Vaccine operations Central Provinces & Berar 1912-1920 - 1912-1920
Year: 1912
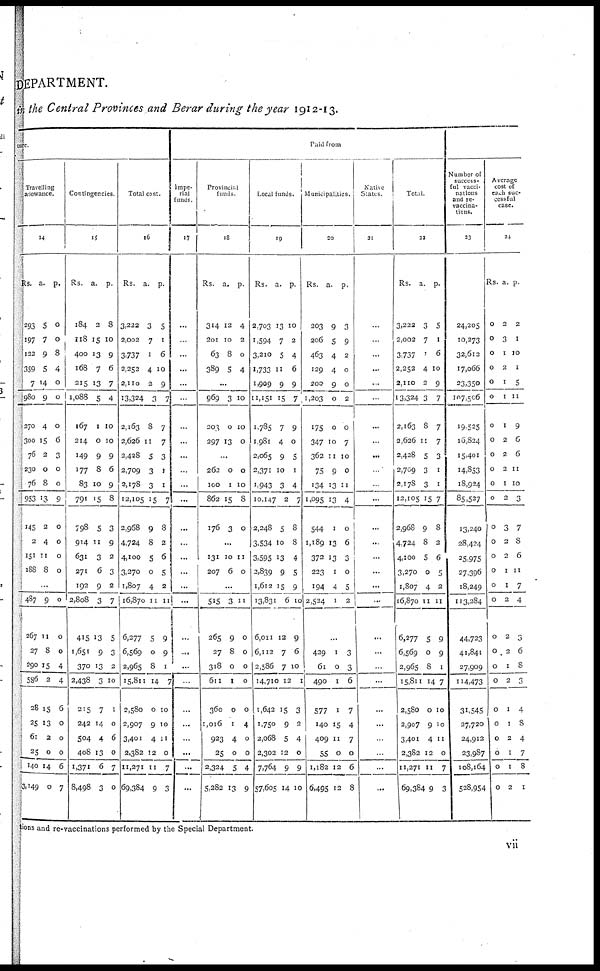
DEPARTMENT.
in the Central Provinces and Berar during the year 1912-13.
ture.
Travelling
allowance.
14
Rs.
293
197
122
359
7
980
270
300
76
230
76
953
145
2
151
188
a.
5
7
9
5
14
9
4
15
2
0
8
13
2
4
11
8
p.
0
0
8
4
0
0
0
6
3
0
0
9
0
0
0
0
...
487
267
27
290
586
28
25
61
25
140
3,149
9
11
8
15
2
15
13
2
0
14
0
0
0
0
4
4
6
0
0
0
6
7
Contingencies.
15
Rs.
184
118
400
168
215
1,088
167
214
149
177
83
791
798
914
631
271
192
2,808
415
1.651
370
2,438
215
242
504
408
1,371
8,498
a.
2
15
13
7
13
5
1
0
9
8
10
15
5
11
3
6
9
3
13
9
13
3
7
14
4
13
6
3
p.
8
10
9
6
7
4
10
10
9
6
9
8
3
9
2
3
2
7
5
3
2
10
1
0
6
0
7
0
Total cost.
16
Rs.
3,222
2,002
3,737
2,252
2,110
13,324
2,163
2,626
2,428
2,709
2,178
12,105
2,968
4,724
4,100
3,270
1,807
16,870
6,277
6,569
2,965
15,811
2,580
2,907
3,401
2,382
11,271
69,384
a.
3
7
1
4
2
3
8
11
5
3
3
15
9
8
5
0
4
11
5
0
8
14
0
9
4
12
11
9
p.
5
1
6
10
9
7
7
7
3
1
1
7
8
2
6
5
2
11
9
9
1
7
10
10
11
0
7
3
Paid from
Impe-
rial
funds.
17
...
...
...
...
...
...
...
...
...
...
...
...
...
...
...
...
...
...
...
...
...
...
...
...
...
...
...
...
Provincial
funds.
18
Rs.
314
201
63
389
a.
12
10
8
5
p.
4
2
0
4
...
969
203
297
3
0
13
10
10
0
...
262
100
862
176
0
1
15
3
0
10
8
0
...
131
207
10
6
11
0
...
515
265
27
318
611
360
1,016
923
25
2,324
5,282
3
9
8
0
1
0
1
4
0
5
13
11
0
0
0
0
0
4
0
0
4
9
Local funds.
19
Rs.
2,703
1,594
3,210
1,733
1,909
11,151
1,785
1,981
2,065
2,371
1,943
10,147
2,248
3,534
3,595
2,839
1,612
13,831
6,011
6,112
2,586
14,710
1,642
1,750
2,068
2,302
7,764
57,605
a.
13
7
5
11
9
15
7
4
9
10
3
2
5
10
13
9
15
6
12
7
7
12
15
9
5
12
9
14
p.
10
2
4
6
9
7
9
0
5
1
4
7
8
8
4
5
9
10
9
6
10
1
3
2
4
0
9
10
Municipalities.
20
Rs.
203
206
463
129
200
1,203
175
347
362
75
134
1,095
544
1,189
372
223
194
2,524
a.
9
5
4
4
9
0
0
10
11
9
13
13
1
13
13
1
4
1
p.
3
9
2
0
0
2
0
7
10
0
11
4
0
6
3
0
5
2
...
429
61
490
577
140
409
55
1,182
6,495
1
0
1
1
15
11
0
12
12
3
3
6
7
4
7
0
6
8
Native
States.
21
...
...
...
...
...
...
...
...
...
...
...
...
...
...
...
...
...
...
...
...
...
...
...
...
...
...
...
...
Total.
22
Rs.
3,222
2,002
3,737
2,252
2,110
13,324
2,163
2,626
2,428
2,709
2,178
12,105
2,968
4,724
4,100
3,270
1,807
16,870
6,277
6,569
2,965
15,811
2,580
2,907
3,401
2,382
11,271
69,384
a.
3
7
1
4
2
3
8
11
5
3
3
15
9
8
5
0
4
11
5
0
8
14
0
9
4
12
11
9
p.
5
1
6
10
9
7
7
7
3
1
1
7
8
2
6
5
2
11
9
9
1
7
10
10
11
0
7
3
Number of
success¬
ful vacci-
nations
and re-
vaccina-
tions.
23
24,205
10,273
32,612
17,066
23,350
107,506
19,525
16,824
15,401
14,853
18,924
85,527
13,240
28,424
25,975
27,396
18,249
113,284
44,723
41,841
27,909
114,473
31,545
27,720
24,912
23,987
108,164
528,954
Average
cost of
each suc-
cessful
case.
24
Rs.
0
0
0
0
0
0
0
0
0
0
0
0
0
0
0
0
0
0
0
0
0
0
0
0
0
0
0
0
a.
2
3
1
2
1
1
1
2
2
2
1
2
3
2
2
1
1
2
2
2
1
2
1
1
2
1
1
2
p.
2
1
10
1
5
11
9
6
6
11
10
3
7
8
6
11
7
4
3
6
8
3
4
8
4
7
8
1
tions and re-vaccinations performed by the Special Department.
vii